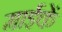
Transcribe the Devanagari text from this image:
माईकें